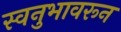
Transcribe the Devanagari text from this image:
स्वनुभावरून